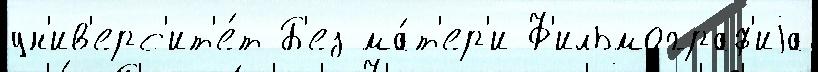
ун'ив'ерс'ит'е́т Б'ез ма́т'ер'и Ф'ильмограф'иjа